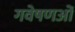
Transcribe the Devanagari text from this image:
गवेषणओं